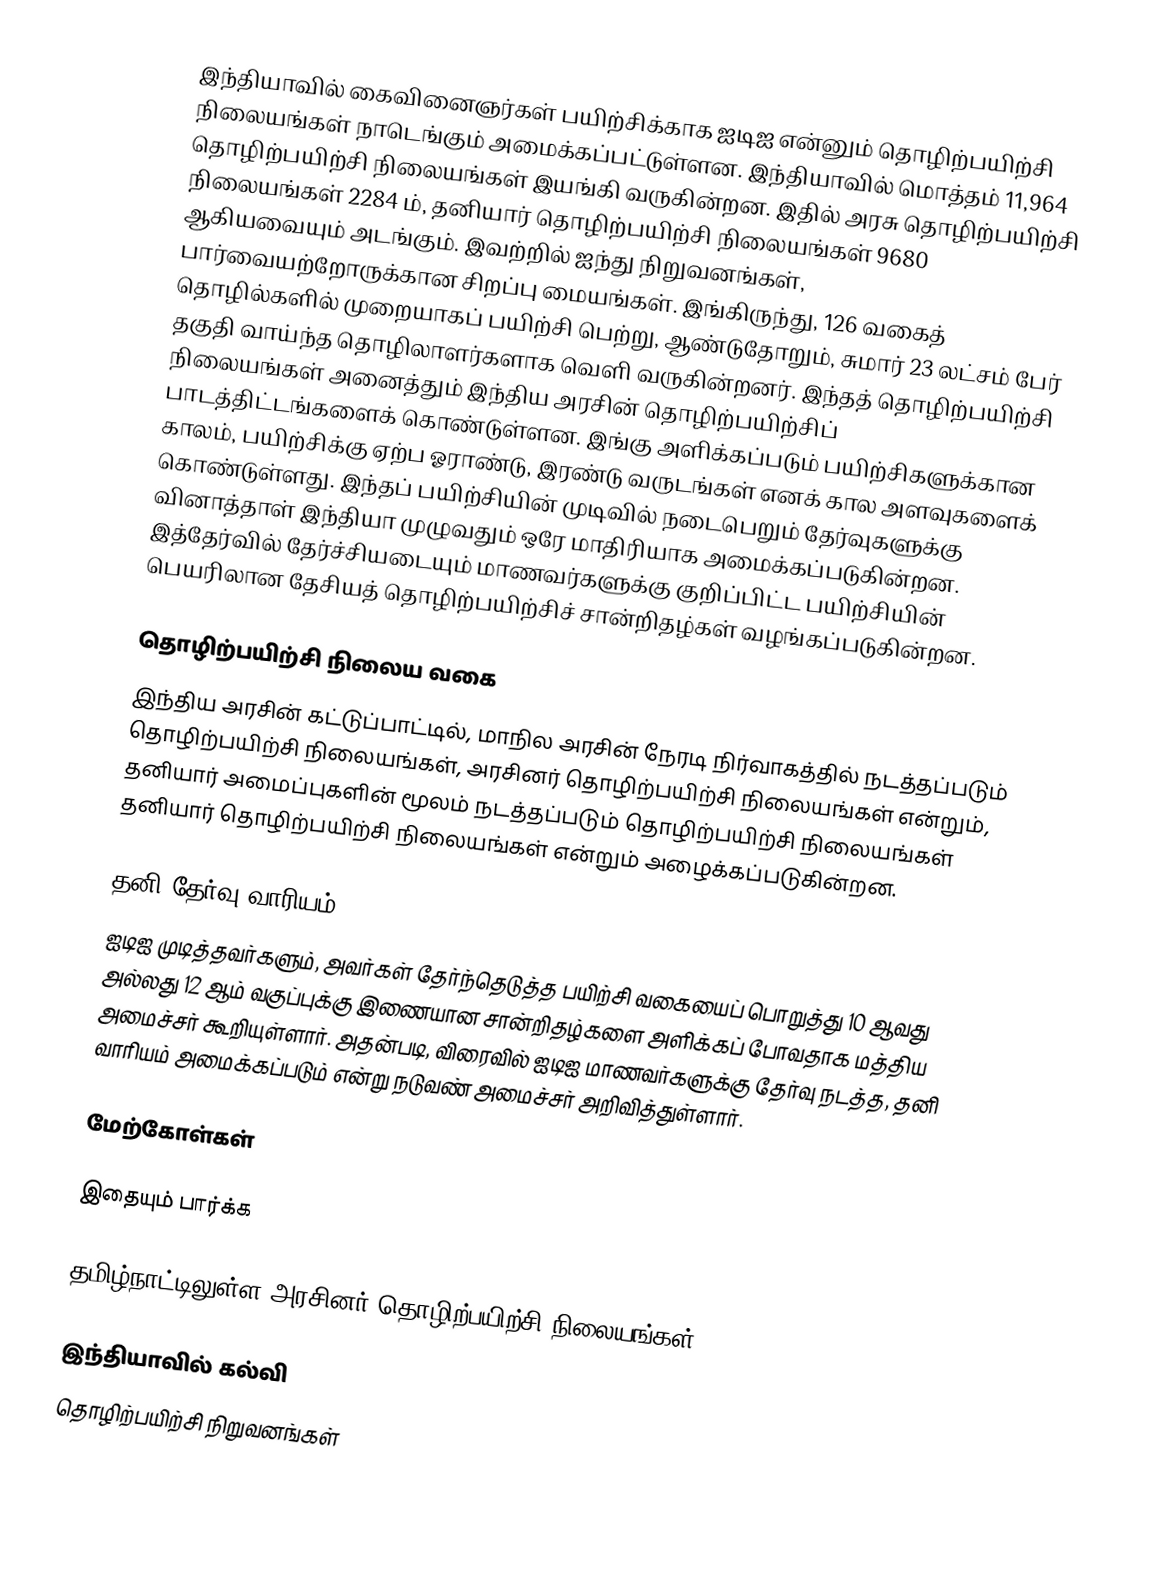
இந்தியாவில் கைவினைஞர்கள் பயிற்சிக்காக ஐடிஐ என்னும் தொழிற்பயிற்சி நிலையங்கள் நாடெங்கும் அமைக்கப்பட்டுள்ளன. இந்தியாவில் மொத்தம் 11,964 தொழிற்பயிற்சி நிலையங்கள் இயங்கி வருகின்றன. இதில் அரசு தொழிற்பயிற்சி நிலையங்கள் 2284 ம், தனியார் தொழிற்பயிற்சி நிலையங்கள்  9680 ஆகியவையும் அடங்கும். இவற்றில் ஐந்து நிறுவனங்கள், பார்வையற்றோருக்கான சிறப்பு மையங்கள். இங்கிருந்து, 126 வகைத் தொழில்களில் முறையாகப் பயிற்சி பெற்று, ஆண்டுதோறும், சுமார் 23 லட்சம் பேர் தகுதி வாய்ந்த தொழிலாளர்களாக வெளி வருகின்றனர். இந்தத் தொழிற்பயிற்சி நிலையங்கள் அனைத்தும் இந்திய அரசின் தொழிற்பயிற்சிப் பாடத்திட்டங்களைக் கொண்டுள்ளன. இங்கு அளிக்கப்படும் பயிற்சிகளுக்கான காலம், பயிற்சிக்கு ஏற்ப ஓராண்டு, இரண்டு வருடங்கள் எனக் கால அளவுகளைக் கொண்டுள்ளது. இந்தப் பயிற்சியின் முடிவில் நடைபெறும் தேர்வுகளுக்கு வினாத்தாள் இந்தியா முழுவதும் ஒரே மாதிரியாக அமைக்கப்படுகின்றன. இத்தேர்வில் தேர்ச்சியடையும் மாணவர்களுக்கு குறிப்பிட்ட பயிற்சியின் பெயரிலான தேசியத் தொழிற்பயிற்சிச் சான்றிதழ்கள் வழங்கப்படுகின்றன.

தொழிற்பயிற்சி நிலைய வகை
இந்திய அரசின் கட்டுப்பாட்டில், மாநில அரசின் நேரடி நிர்வாகத்தில் நடத்தப்படும் தொழிற்பயிற்சி நிலையங்கள், அரசினர் தொழிற்பயிற்சி நிலையங்கள் என்றும், தனியார் அமைப்புகளின் மூலம் நடத்தப்படும் தொழிற்பயிற்சி நிலையங்கள் தனியார் தொழிற்பயிற்சி நிலையங்கள் என்றும் அழைக்கப்படுகின்றன.

தனி தேர்வு வாரியம்
ஐடிஐ முடித்தவர்களும், அவர்கள் தேர்ந்தெடுத்த பயிற்சி வகையைப் பொறுத்து 10 ஆவது அல்லது  12 ஆம் வகுப்புக்கு இணையான சான்றிதழ்களை அளிக்கப் போவதாக மத்திய அமைச்சர் கூறியுள்ளார்.  அதன்படி, விரைவில் ஐடிஐ மாணவர்களுக்கு தேர்வு நடத்த, தனி வாரியம் அமைக்கப்படும் என்று நடுவண் அமைச்சர் அறிவித்துள்ளார்.

மேற்கோள்கள்

இதையும் பார்க்க

தமிழ்நாட்டிலுள்ள அரசினர் தொழிற்பயிற்சி நிலையங்கள்

இந்தியாவில் கல்வி
தொழிற்பயிற்சி நிறுவனங்கள்